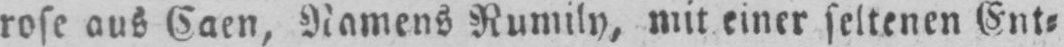
rose aus Caen, Namens Rumily, mit einer seltenen Ent⸗